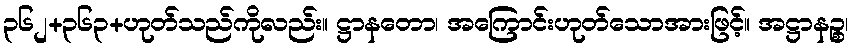
၃၆၂+၃၆၃+ဟုတ်သည်ကိုလည်း။ ဋ္ဌာနတော၊ အကြောင်းဟုတ်သောအားဖြင့်။ အဋ္ဌာနဉ္စ၊